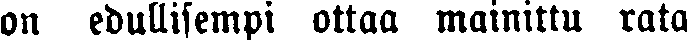
on edullisempi ottaa mainittu rata